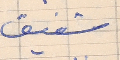
شفيق